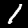
Label: 1